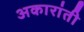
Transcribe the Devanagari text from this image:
अकारांती